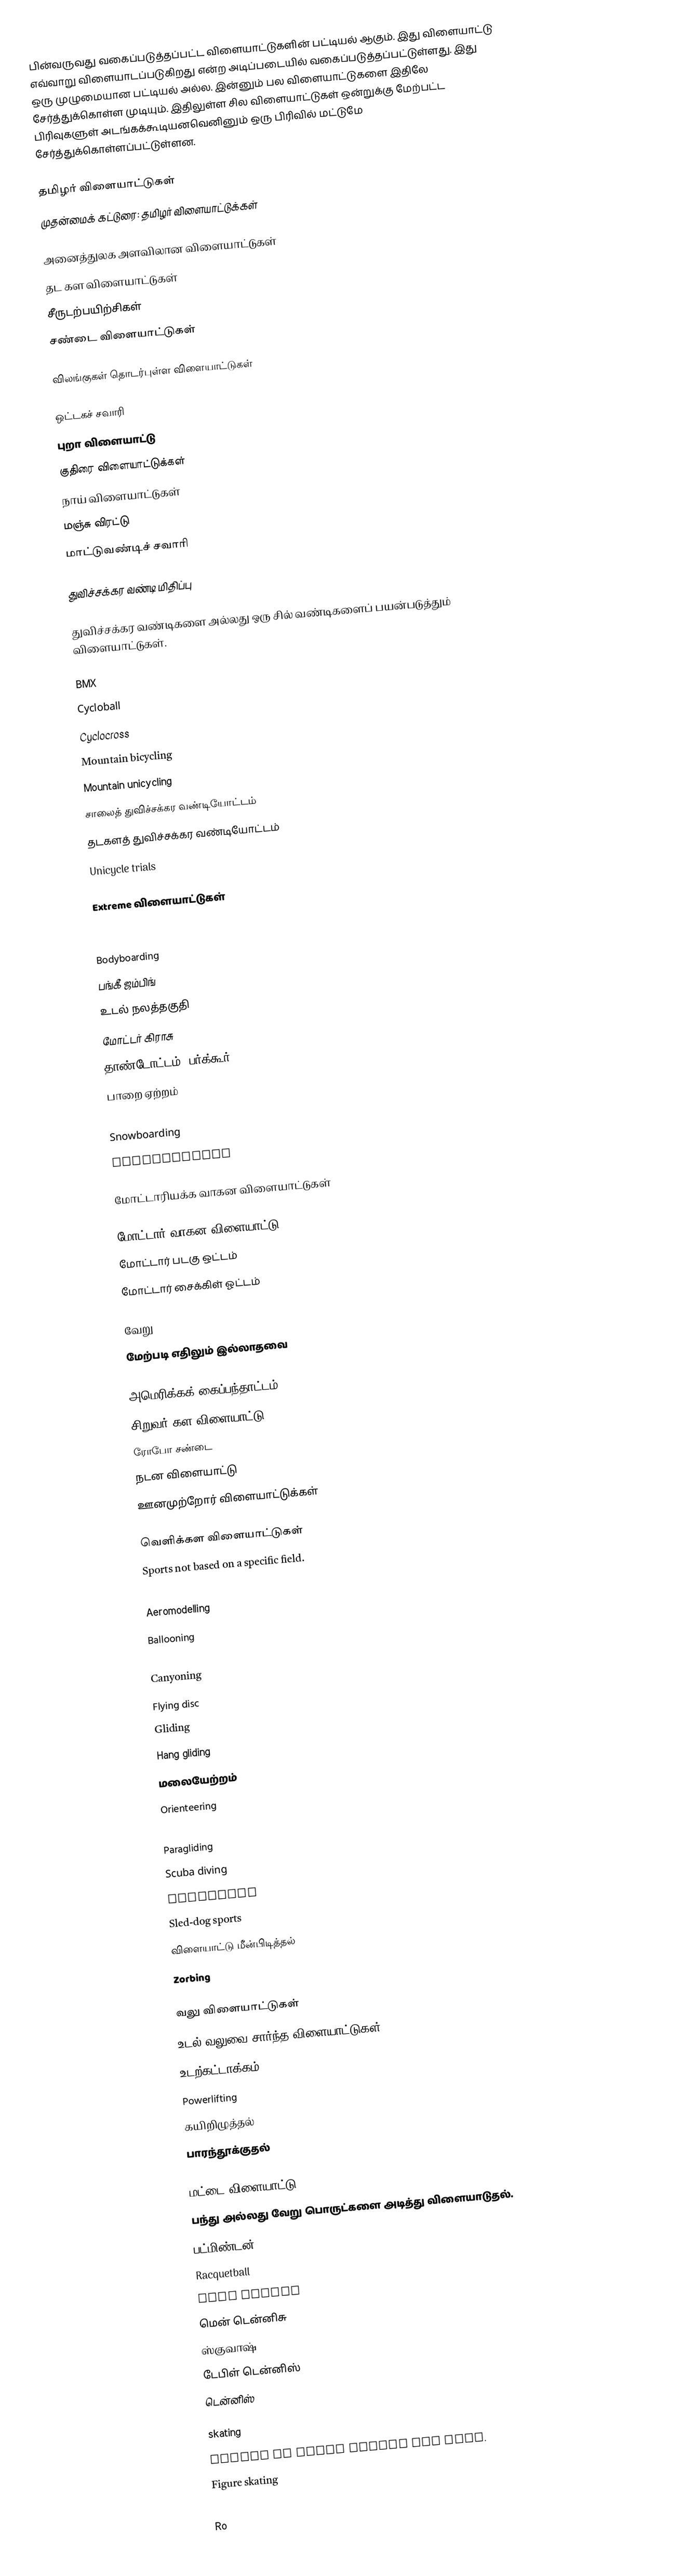
பின்வருவது வகைப்படுத்தப்பட்ட விளையாட்டுகளின் பட்டியல் ஆகும். இது விளையாட்டு எவ்வாறு விளையாடப்படுகிறது என்ற அடிப்படையில் வகைப்படுத்தப்பட்டுள்ளது. இது ஒரு முழுமையான பட்டியல் அல்ல. இன்னும் பல விளையாட்டுகளை இதிலே சேர்த்துக்கொள்ள முடியும். இதிலுள்ள சில விளையாட்டுகள் ஒன்றுக்கு மேற்பட்ட பிரிவுகளுள் அடங்கக்கூடியனவெனினும் ஒரு பிரிவில் மட்டுமே சேர்த்துக்கொள்ளப்பட்டுள்ளன.

தமிழர் விளையாட்டுகள்
முதன்மைக் கட்டுரை: தமிழர் விளையாட்டுக்கள்

அனைத்துலக அளவிலான விளையாட்டுகள்
 தட கள விளையாட்டுகள்
 சீருடற்பயிற்சிகள்
 சண்டை விளையாட்டுகள்

விலங்குகள் தொடர்புள்ள விளையாட்டுகள்

 ஒட்டகச் சவாரி
 புறா விளையாட்டு
 குதிரை விளையாட்டுக்கள்
 நாய் விளையாட்டுகள்
 மஞ்சு விரட்டு
 மாட்டுவண்டிச் சவாரி

துவிச்சக்கர வண்டி மிதிப்பு

துவிச்சக்கர வண்டிகளை அல்லது ஒரு சில் வண்டிகளைப் பயன்படுத்தும் விளையாட்டுகள்.

 BMX
 Cycloball
 Cyclocross
 Mountain bicycling
 Mountain unicycling
 சாலைத் துவிச்சக்கர வண்டியோட்டம்
 தடகளத் துவிச்சக்கர வண்டியோட்டம்
 Unicycle trials

Extreme விளையாட்டுகள்

 BASE jumping
 Bodyboarding
 பங்கீ ஜம்பிங்
 உடல் நலத்தகுதி
 மோட்டர் கிராசு
 தாண்டோட்டம் (பர்க்கூர்)
 பாறை ஏற்றம்
 Skateboarding
 Snowboarding
 Wakeboarding

மோட்டாரியக்க வாகன விளையாட்டுகள்

 மோட்டார் வாகன விளையாட்டு
 மோட்டார் படகு ஒட்டம்
 மோட்டார் சைக்கிள் ஓட்டம்

வேறு
மேற்படி எதிலும் இல்லாதவை

 அமெரிக்கக் கைப்பந்தாட்டம்
 சிறுவர் கள விளையாட்டு
 ரோபோ சண்டை
 நடன விளையாட்டு
 ஊனமுற்றோர் விளையாட்டுக்கள்

வெளிக்கள விளையாட்டுகள்
Sports not based on a specific field.
 Aerobatics
 Aeromodelling
 Ballooning
 Casting
 Canyoning
 Flying disc
 Gliding
 Hang gliding
 மலையேற்றம்
 Orienteering
 Parachuting
 Paragliding
 Scuba diving
 Skydiving
 Sled-dog sports
 விளையாட்டு மீன்பிடித்தல்
 Zorbing

வலு விளையாட்டுகள்
உடல் வலுவை சார்ந்த விளையாட்டுகள்.
 உடற்கட்டாக்கம்
 Powerlifting
 கயிறிழுத்தல்
 பாரந்தூக்குதல்

மட்டை விளையாட்டு
பந்து அல்லது வேறு பொருட்களை அடித்து விளையாடுதல்.
 பட்மிண்டன்
 Racquetball
 Real tennis
 மென் டென்னிசு
 ஸ்குவாஷ்
 டேபிள் டென்னிஸ்
 டென்னிஸ்

skating
Sports in which skates are used.
 Figure skating
 Roller hockey
 Ro